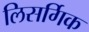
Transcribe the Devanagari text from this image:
लिसर्गिक